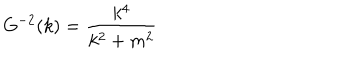
G ^ { - 2 } ( k ) = \frac { k ^ { 4 } } { k ^ { 2 } + m ^ { 2 } }